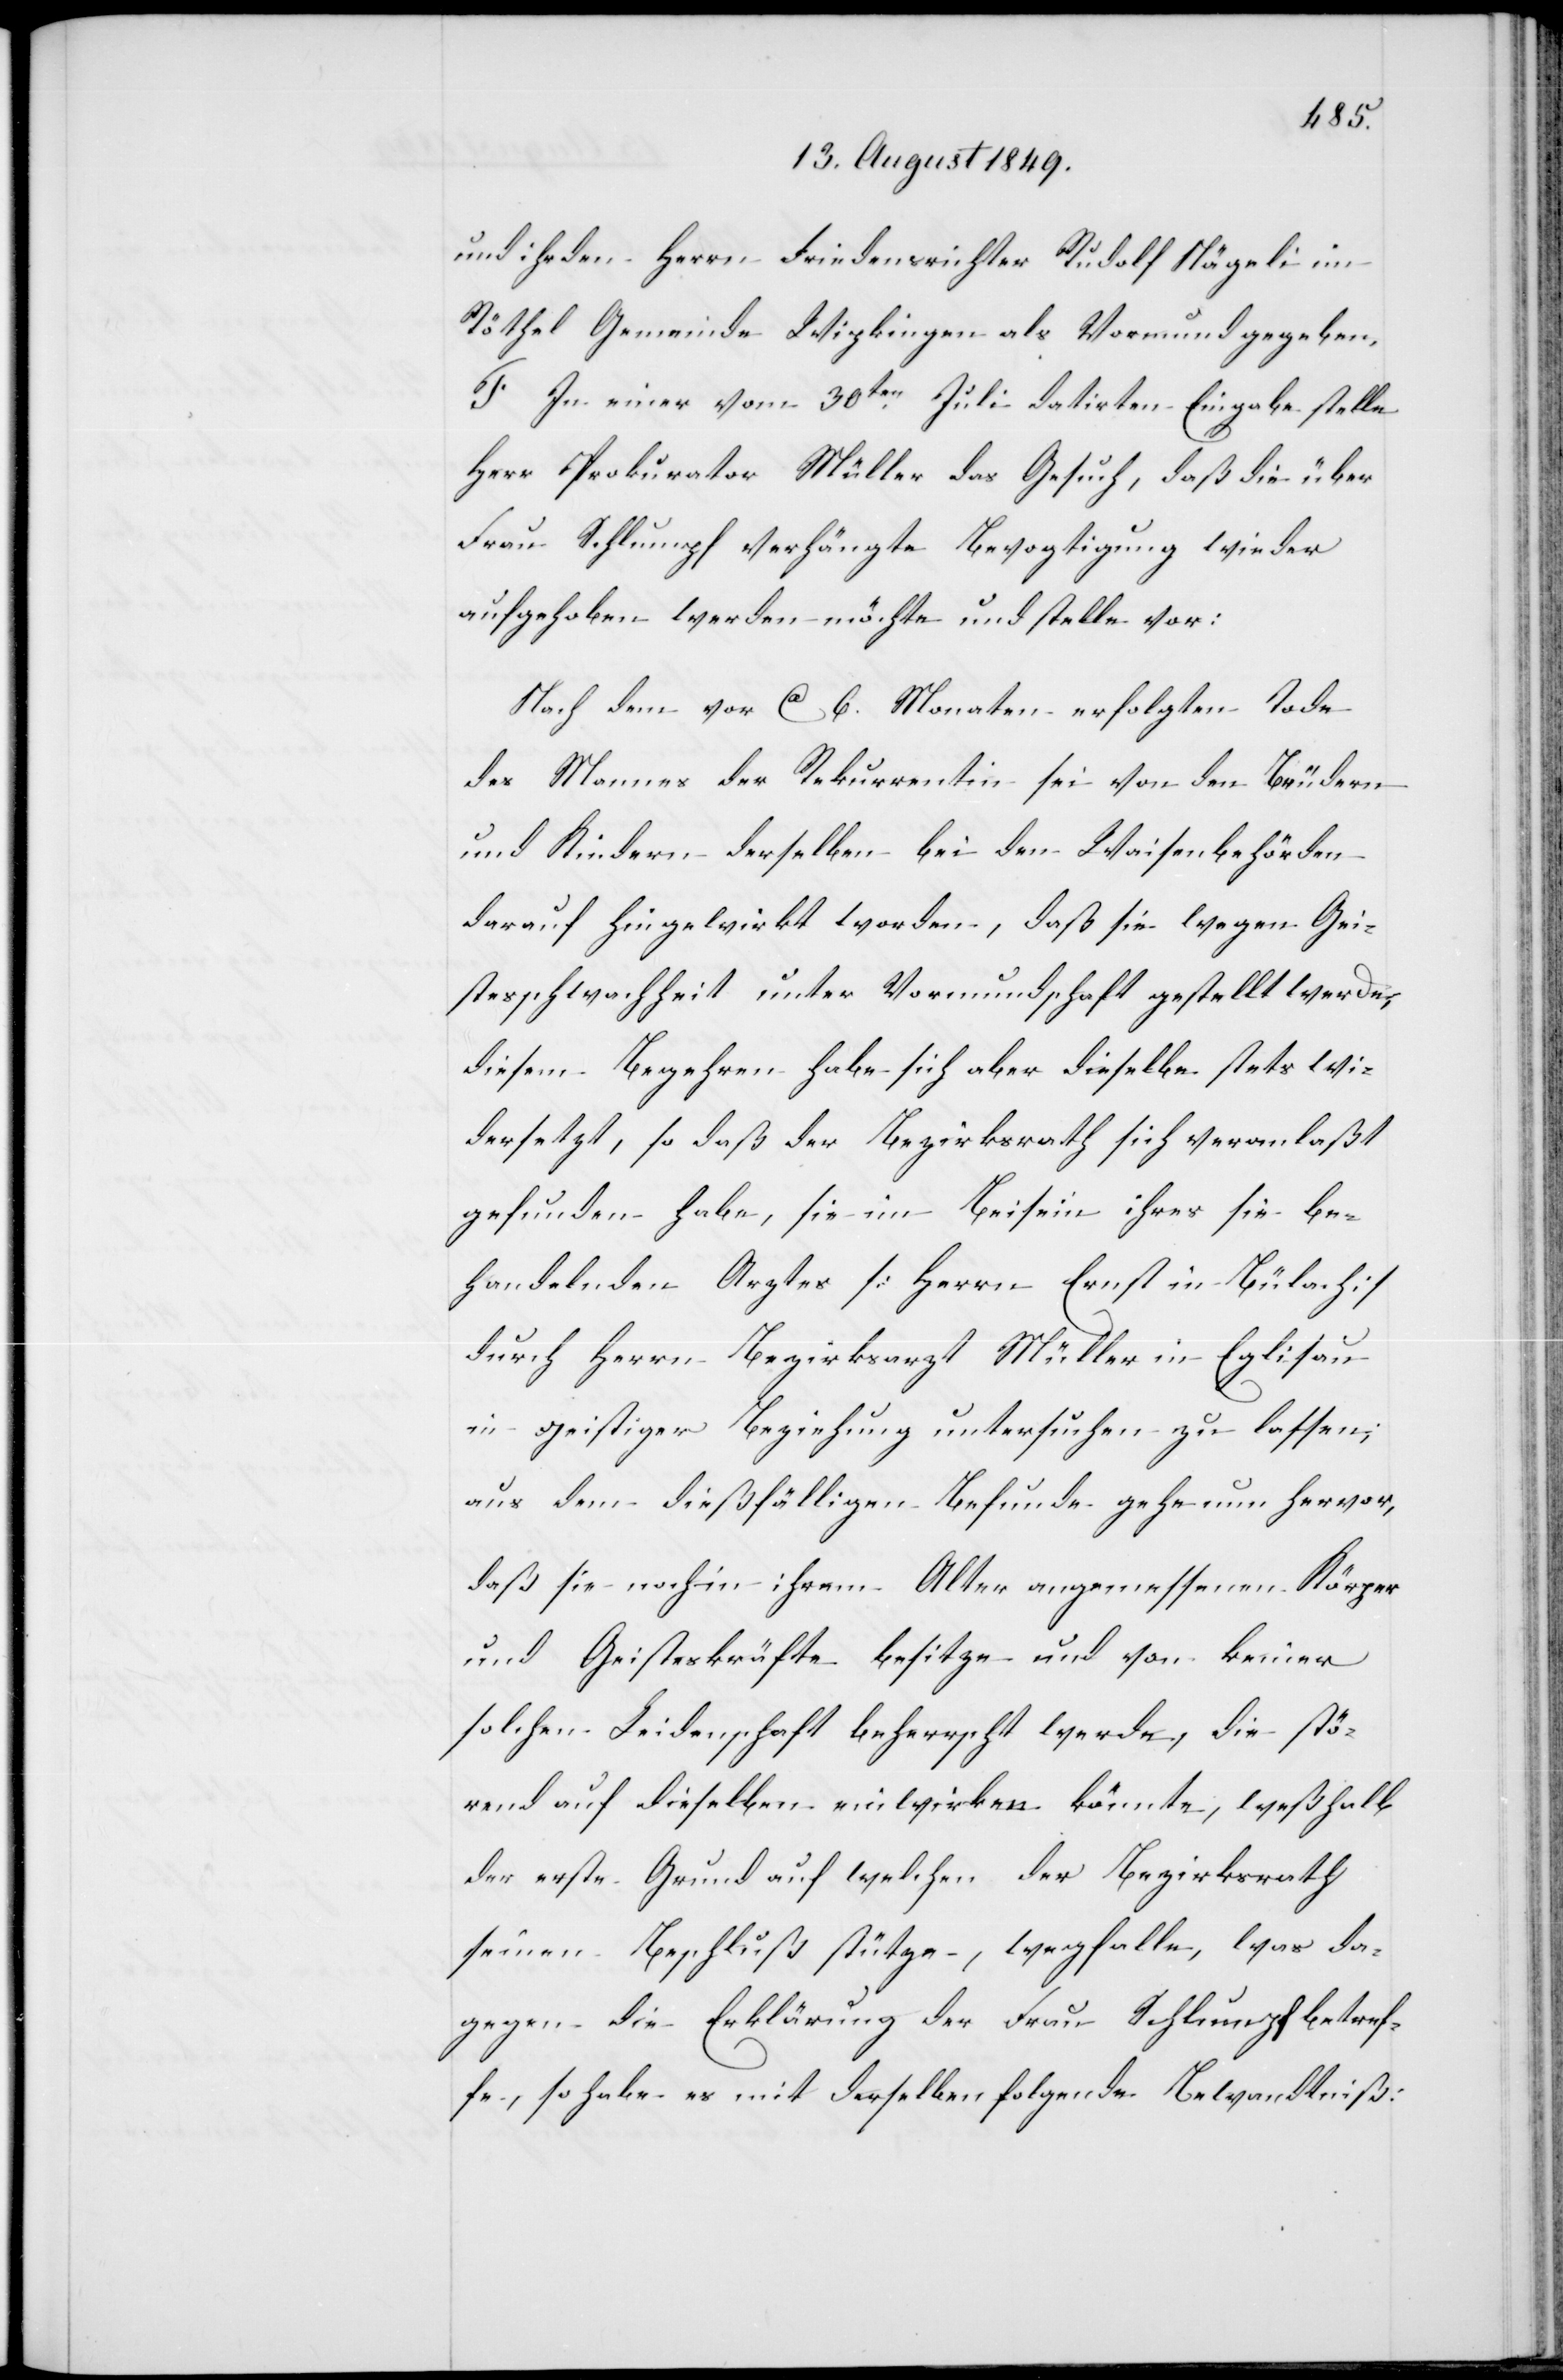
und ihr den Herrn Friedensrichter Rudolf Nägeli im
Röthel Gemeinde Wipkingen als Vormund gegeben.
F. In einer vom 30ten Juli datirten Eingabe stelle
Herr Prokurator Müller das Gesuch, daß die über
Frau Schlumpf verhängte Bevogtigung wieder
aufgehoben werden möchte und stelle vor:
Nach dem vor ca 6. Monaten erfolgten Tode
des Mannes der Rekurrentin sei von den Brüdern
und Kindern derselben bei den Waisenbehörden
darauf hingewirkt worden, daß sie wegen Gei¬
stesschwachheit unter Vormundschaft gestellt werde,
diesem Begehren habe sich aber dieselbe stets wi¬
dersetzt, so daß der Bezirksrath sich veranlaßt
gefunden habe, sie im Beisein ihres sie be¬
handelnden Arztes [Herrn Ernst in Bülach]
durch Herrn Bezirksarzt Müller in Eglisau
in geistiger Beziehung untersuchen zu lassen;
aus dem dießfälligen Befunde gehe nun hervor,
daß sie noch in ihrem Alter angemessenen Körper
und Geisteskräfte besitze und von keiner
solchen Leidenschaft beherrscht werde, die stö¬
rend auf dieselben einwirken könnte, weßhalb
der erste Grund auf welchen der Bezirksrath
seinen Beschluß stütze, wegfalle, was da¬
gegen die Erklärung der Frau Schlumpf betref¬
fe, so habe es mit derselben folgende Bewandtniß: